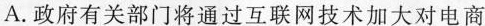
A.政府有关部门将通过互联网技术加大对电商